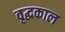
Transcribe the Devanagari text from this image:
वृद्धकाल